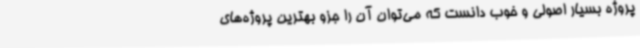
پروژه بسیار اصولی و خوب دانست که می‌توان آن را جزو بهترین پروژه‌های